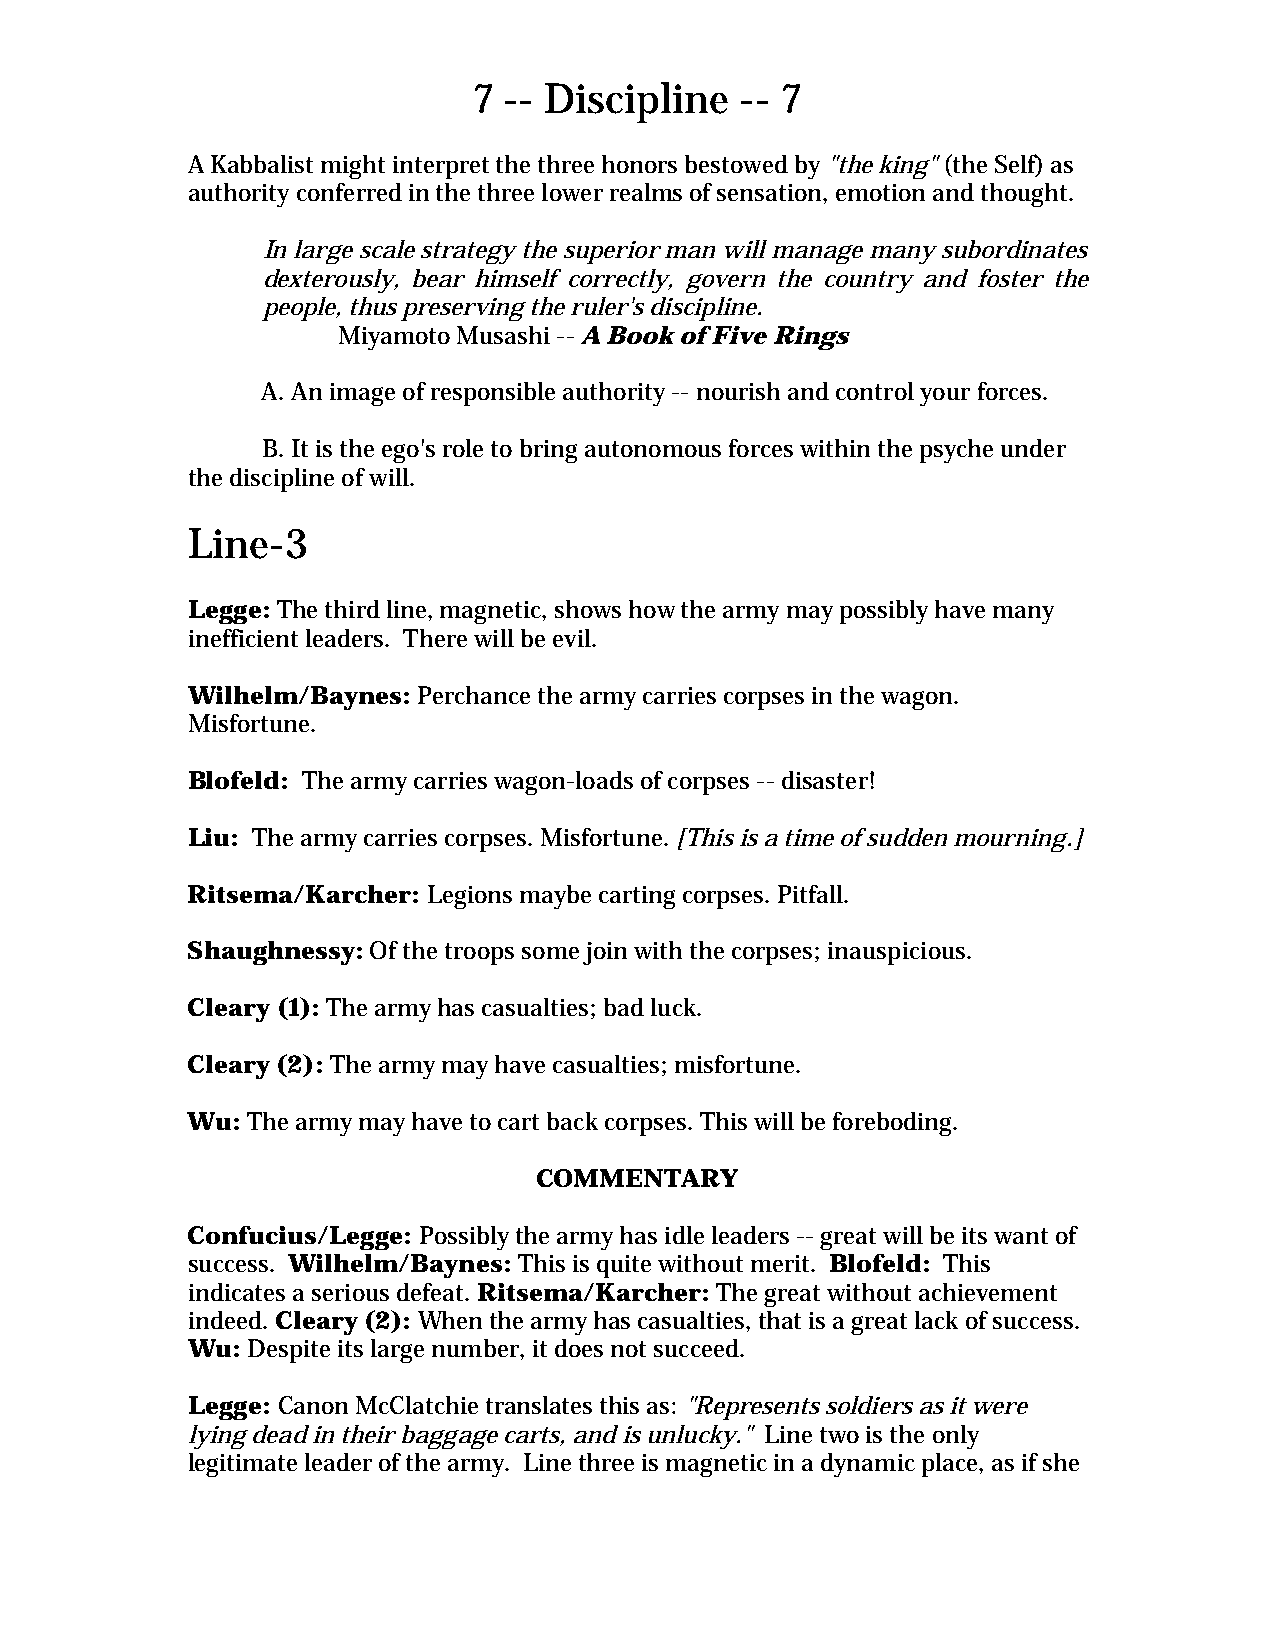
7 -- Discipline   -- 7
 A Kabbalist might interpret the three honors bestowed by "the king" (the Self) as
 authority conferred in the three lower realms of sensation, emotion and thought.
 In large scale strategy the superior man will manage many subordinates
 dexterously, bear himself correctly, govern the country and foster the
 people, thus preserving the ruler's discipline.
 Miyamoto Musashi -- A Book of Five Rings
 A. An image of responsible authority -- nourish and control your forces.
 B. It is the ego's role to bring autonomous forces within the psyche under
 the discipline of will.
 Line-3
 Legge: The third line, magnetic, shows how the army may possibly have many
 inefficient leaders. There will be evil.
 Wilhelm/Baynes: Perchance the army carries corpses in the wagon.
 Misfortune.
 Blofeld: The army carries wagon-loads of corpses -- disaster!
 Liu: The army carries corpses. Misfortune. [This is a time of sudden mourning.]
 Ritsema/Karcher: Legions maybe carting corpses. Pitfall.
 Shaughnessy: Of the troops some join with the corpses; inauspicious.
 Cleary (1): The army has casualties; bad luck.
 Cleary (2): The army may have casualties; misfortune.
 Wu: The army may have to cart back corpses. This will be foreboding.
 COMMENTARY
 Confucius/Legge: Possibly the army has idle leaders -- great will be its want of
 success. Wilhelm/Baynes: This is quite without merit. Blofeld: This
 indicates a serious defeat. Ritsema/Karcher: The great without achievement
 indeed. Cleary (2): When the army has casualties, that is a great lack of success.
 Wu: Despite its large number, it does not succeed.
 Legge: Canon McClatchie translates this as: "Represents soldiers as it were
 lying dead in their baggage carts, and is unlucky." Line two is the only
 legitimate leader of the army. Line three is magnetic in a dynamic place, as if she